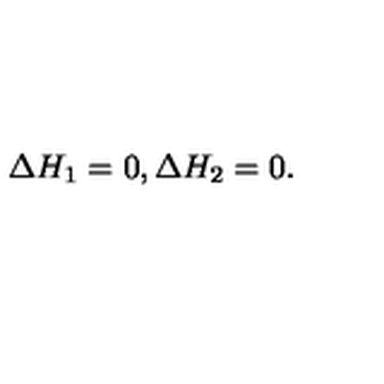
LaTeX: \Delta H _ { 1 } = 0 , \Delta H _ { 2 } = 0 .